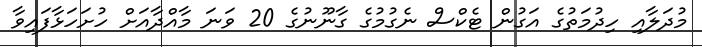
މުދަލާއި ހިދުމަތުގެ އަގުން ޓެކްސް ނެގުމުގެ ގާނޫނުގެ 20 ވަނަ މާއްދާއަށް ހުށަހަޅާފައިވާ